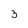
Character: 3